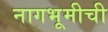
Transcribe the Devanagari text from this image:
नागभूमीची